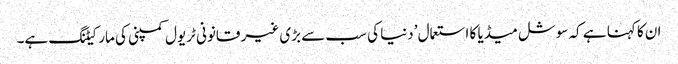
ان کا کہنا ہے کہ سوشل میڈیا کا استعمال ’دنیا کی سب سے بڑی غیر قانونی ٹریول کمپنی کی مارکیٹنگ ہے۔